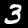
Digit: 3